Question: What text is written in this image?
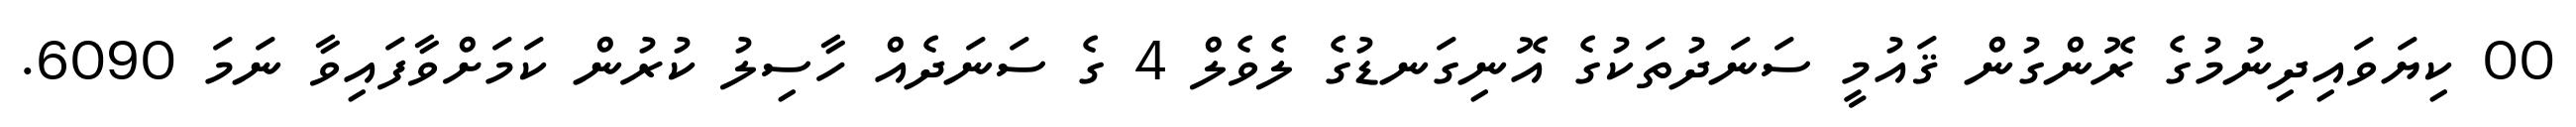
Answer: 00 ކިޔަވައިދިނުމުގެ ރޮންގުން ޤައުމީ ސަނަދުތަކުގެ އޮނިގަނޑުގެ ލެވެލް 4 ގެ ސަނަދެއް ހާސިލު ކުރުން ކަމަށްވާފައިވާ ނަމަ 6090.